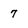
Character: 7